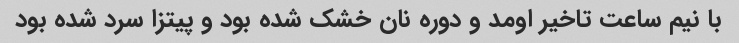
با نیم ساعت تاخیر اومد و دوره نان خشک شده بود و پیتزا سرد شده بود